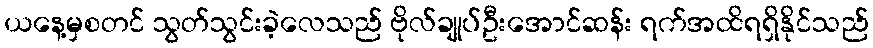
ယနေ့မှစတင် သွတ်သွင်းခဲ့လေသည် ဗိုလ်ချုပ်ဦးအောင်ဆန်း ရက်အထိရရှိနိုင်သည်